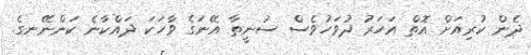
ދެން ކުރިއަށް އޮތް އަހަރު ދުވަހުވެސް ސުނީތާ އޭނަގެ ވާހަކަ ދައްކާނެ ކަންނޭނގެ.